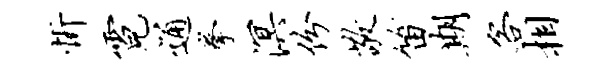
忻霓通拳溟份敬笛期客相